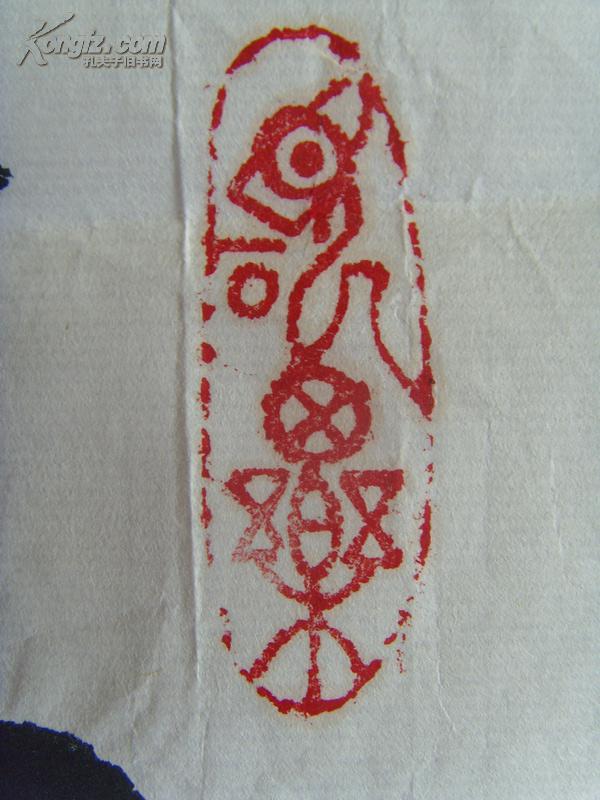
举直错诸枉，则民服举枉错诸直，则民不服。